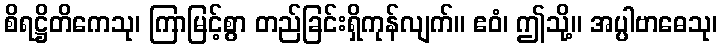
စိရဋ္ဌိတိကေသု၊ ကြာမြင့်စွာ တည်ခြင်းရှိကုန်လျက်။ ဧဝံ၊ ဤသို့။ အပ္ပါဗာဓေသု၊